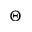
\Theta